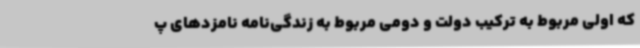
که اولی مربوط به ترکیب دولت و دومی مربوط به زندگی‌نامه نامزدهای پ